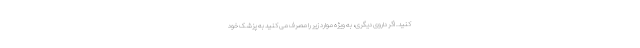
کنید. اگر داروی دیگری، به ویژه موارد زیر را مصرف می کنید به پزشک خود